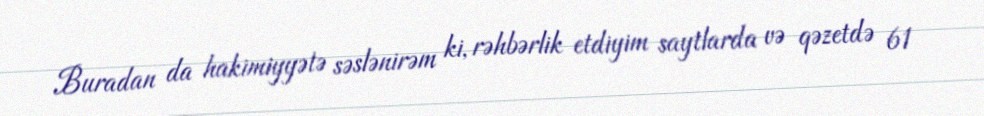
Buradan da hakimiyyətə səslənirəm ki, rəhbərlik etdiyim saytlarda və qəzetdə 61